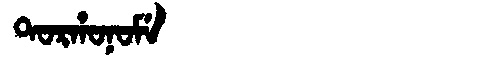
Manchu: ᡨᠣᡵᡥᠣᠨᠣᠮᡝ
Romanization: TORHONOME